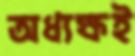
অধ্যক্ষই